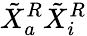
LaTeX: \tilde{X}_{a}^{R}\tilde{X}_{i}^{R}